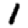
Digit: 1